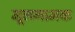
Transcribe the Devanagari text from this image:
मूलगामक